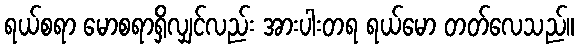
ရယ်စရာ မောစရာရှိလျှင်လည်း အားပါးတရ ရယ်မော တတ်လေသည်။